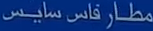
مطار فاس سايس